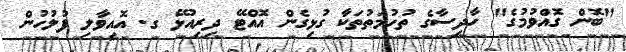
"ބޮން ގޮއްވުމުގެ" ހާދިސާގެ ތުހުމަތުތަކާ ގުޅިގެން އޮއްޓޭ ދިރިއުޅޭ ގ. އޮއިވާލި ފުލުހުން